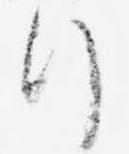
行